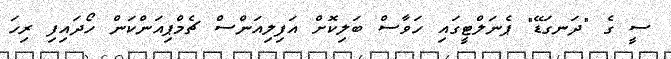
ސީ ގެ "ދަނގަޑޭ" ޕެނަލްޓީގައި ހަވާސް ބަލިކޮށް އަފިލިއަންސް ޗެމްޕިއަންކަން ހޯދައިފި ރިހަ